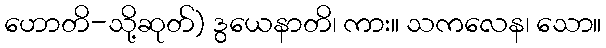
ဟောတိ-သို့ဆုတ်) ဒွယေနာတိ၊ ကား။ သကလေန၊ သော။